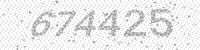
Solution: 674425